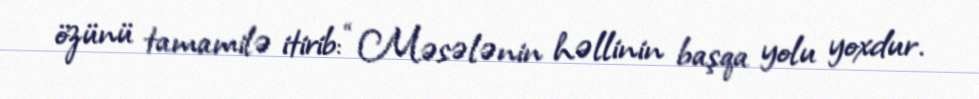
özünü tamamilə itirib: “Məsələnin həllinin başqa yolu yoxdur.